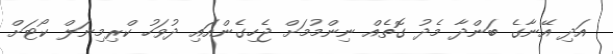
އަދި އޭނާގެ ބަންދާ މެދު ގޮތެއް ނިންމުމަށް ޖެހިގެންއައި ދުވަހު ކްރިމިނަލް ކޯޓަށް